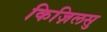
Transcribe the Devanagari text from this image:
किज़िलसु